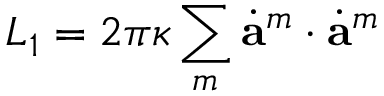
L _ { 1 } = 2 \pi \kappa \sum _ { m } \dot { \bf a } ^ { m } \cdot \dot { \bf a } ^ { m }